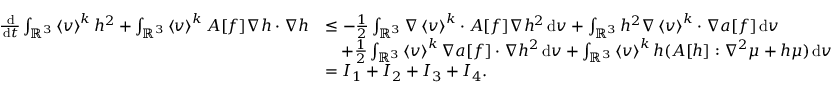
\begin{array} { r l } { \frac { \, \mathrm { d } } { \, \mathrm { d } t } \int _ { \ensuremath { { \mathbb R } } ^ { 3 } } \left\langle v \right\rangle ^ { k } h ^ { 2 } + \int _ { \ensuremath { { \mathbb R } } ^ { 3 } } \left\langle v \right\rangle ^ { k } A [ f ] \nabla h \cdot \nabla h } & { \le - \frac { 1 } { 2 } \int _ { \ensuremath { { \mathbb R } } ^ { 3 } } \nabla \left\langle v \right\rangle ^ { k } \cdot A [ f ] \nabla h ^ { 2 } \, \mathrm { d } v + \int _ { \ensuremath { { \mathbb R } } ^ { 3 } } h ^ { 2 } \nabla \left\langle v \right\rangle ^ { k } \cdot \nabla a [ f ] \, \mathrm { d } v } \\ & { \quad + \frac { 1 } { 2 } \int _ { \ensuremath { { \mathbb R } } ^ { 3 } } \left\langle v \right\rangle ^ { k } \nabla a [ f ] \cdot \nabla h ^ { 2 } \, \mathrm { d } v + \int _ { \ensuremath { { \mathbb R } } ^ { 3 } } \left\langle v \right\rangle ^ { k } h ( A [ h ] : \nabla ^ { 2 } \mu + h \mu ) \, \mathrm { d } v } \\ & { = I _ { 1 } + I _ { 2 } + I _ { 3 } + I _ { 4 } . } \end{array}